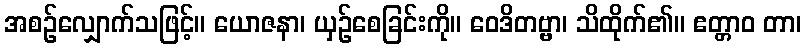
အစဉ်လျှောက်သဖြင့်။ ယောဇနာ၊ ယှဉ်စေခြင်းကို။ ဝေဒိတဗ္ဗာ၊ သိထိုက်၏။ ဧတ္တာဝ တာ၊